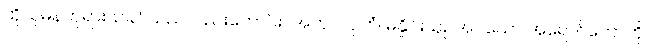
ထိုသုမနဘုရားသခင်သည်လည်းကောင်း။ အတုလပ္ပဘံ၊ မနှိုင်းယှဉ်အပ်သော အရောင်တော်ကို။